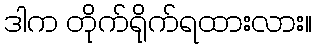
ဒါက တိုက်ရိုက်ရထားလား။